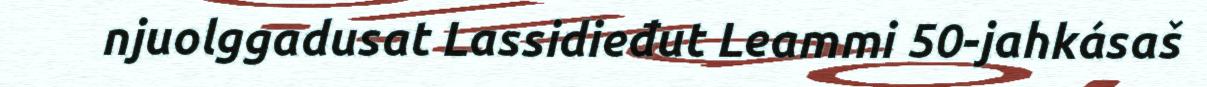
njuolggadusat Lassidieđut Leammi 50-jahkásaš